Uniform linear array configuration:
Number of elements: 4
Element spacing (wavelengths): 0.5
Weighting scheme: uniform
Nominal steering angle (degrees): -15
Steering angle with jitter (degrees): -15.948
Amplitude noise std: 0.05
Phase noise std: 0.05

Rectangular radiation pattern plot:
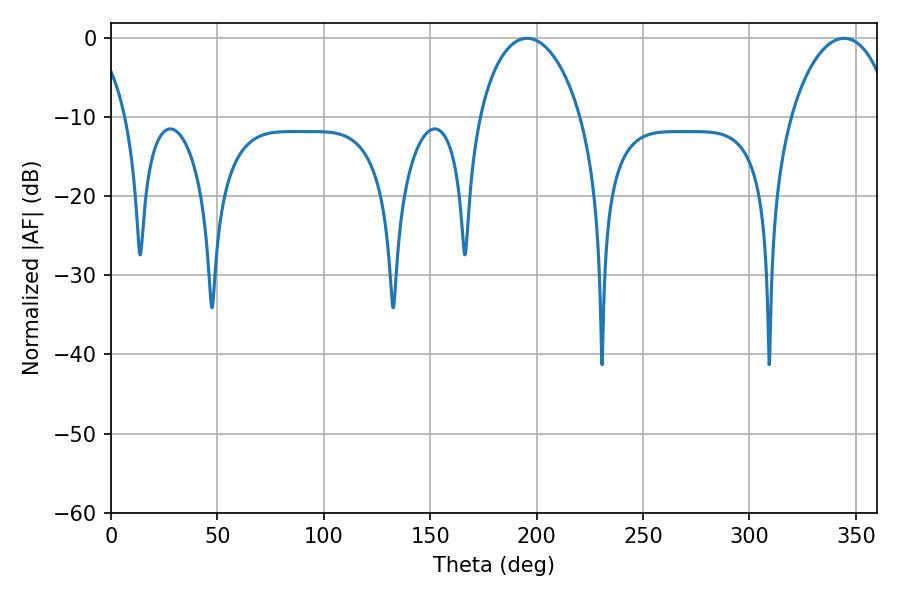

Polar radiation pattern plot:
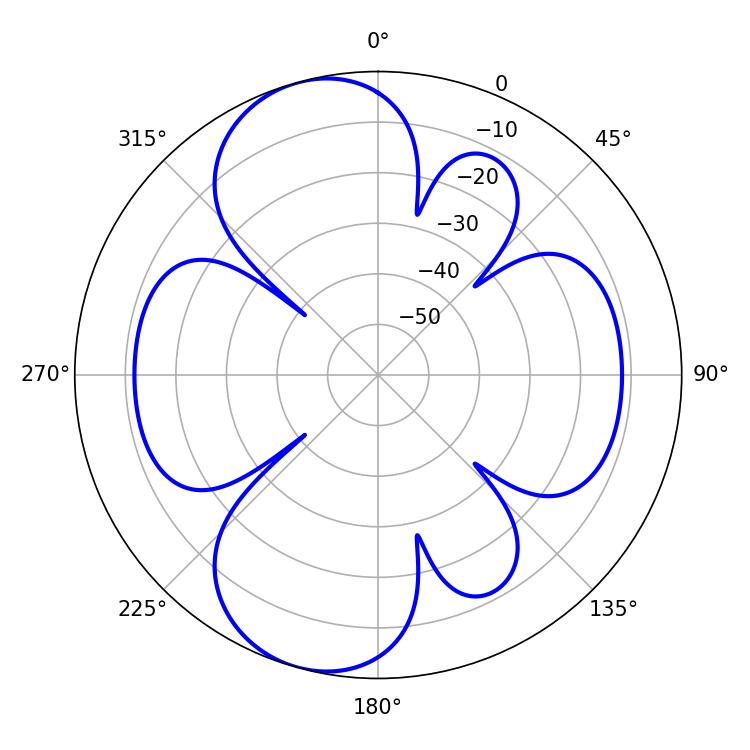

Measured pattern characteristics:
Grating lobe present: FALSE
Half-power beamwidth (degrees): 27.36
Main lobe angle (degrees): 344.52